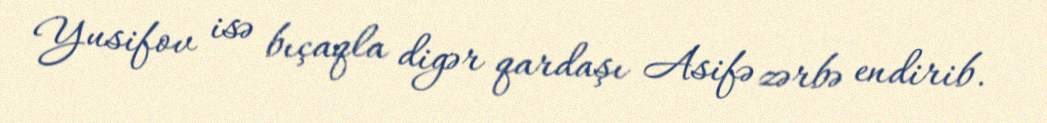
Yusifov isə bıçaqla digər qardaşı Asifə zərbə endirib.